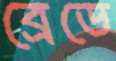
ব্রেডে